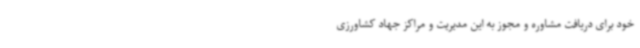
خود برای دریافت مشاوره و مجوز به این مدیریت و مراکز جهاد کشاورزی